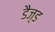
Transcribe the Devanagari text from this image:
डैज़्ड